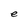
Character: e